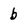
Character: b